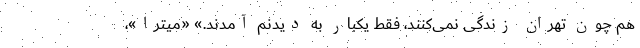
هم چون تهران زندگی نمی‌کنند، فقط یکبار به دیدنم آمدند.» «میترا»،